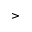
>